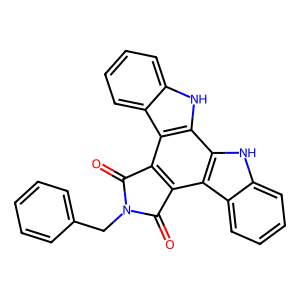
SMILES: O=C1c2c(c3c4ccccc4[nH]c3c3[nH]c4ccccc4c23)C(=O)N1Cc1ccccc1
Inhibits HIV replication: Yes